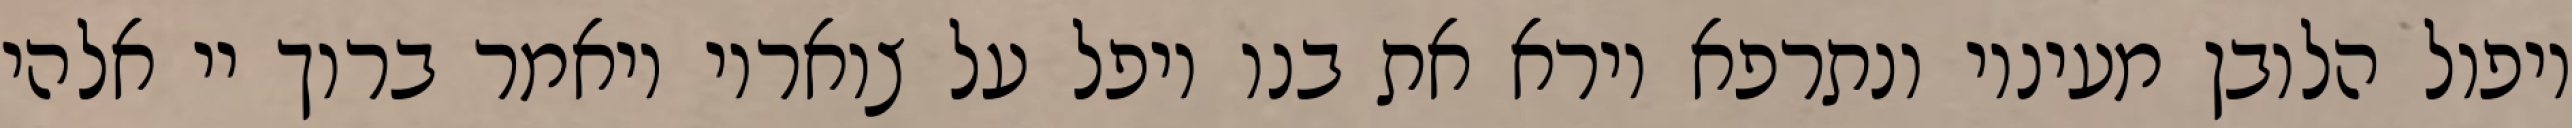
ויפול הלובן מעיניו ונתרפא וירא את בנו ויפל על צואריו ויאמר ברוך יי אלהי